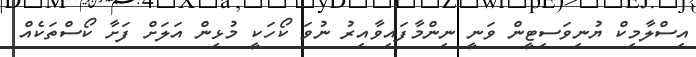
އިސްލާމިކް ޔުނިވަސިޓީން ވަނީ ނިންމާފައިވާއިރު ނުވަ ކޯހަކީ މުޅިން އަލަށް ފަށާ ކޯސްތަކެއް